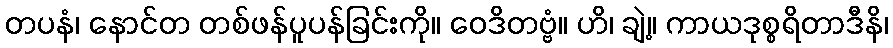
တပနံ၊ နောင်တ တစ်ဖန်ပူပန်ခြင်းကို။ ဝေဒိတဗ္ဗံ။ ဟိ၊ ချဲ့။ ကာယဒုစ္စရိတာဒီနိ၊